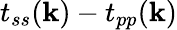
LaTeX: t_{ss}(\mathbf{k})-t_{pp}(\mathbf{k})